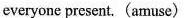
everyone present. (amuse)